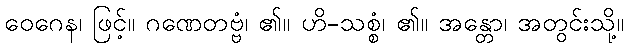
ဝေဂေန၊ ဖြင့်။ ဂဏေတဗ္ဗံ၊ ၏။ ဟိ-သစ္စံ၊ ၏။ အန္တော၊ အတွင်းသို့။